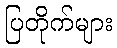
ပြတိုက်များ